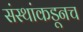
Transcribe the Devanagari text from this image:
संस्थांकडूनच